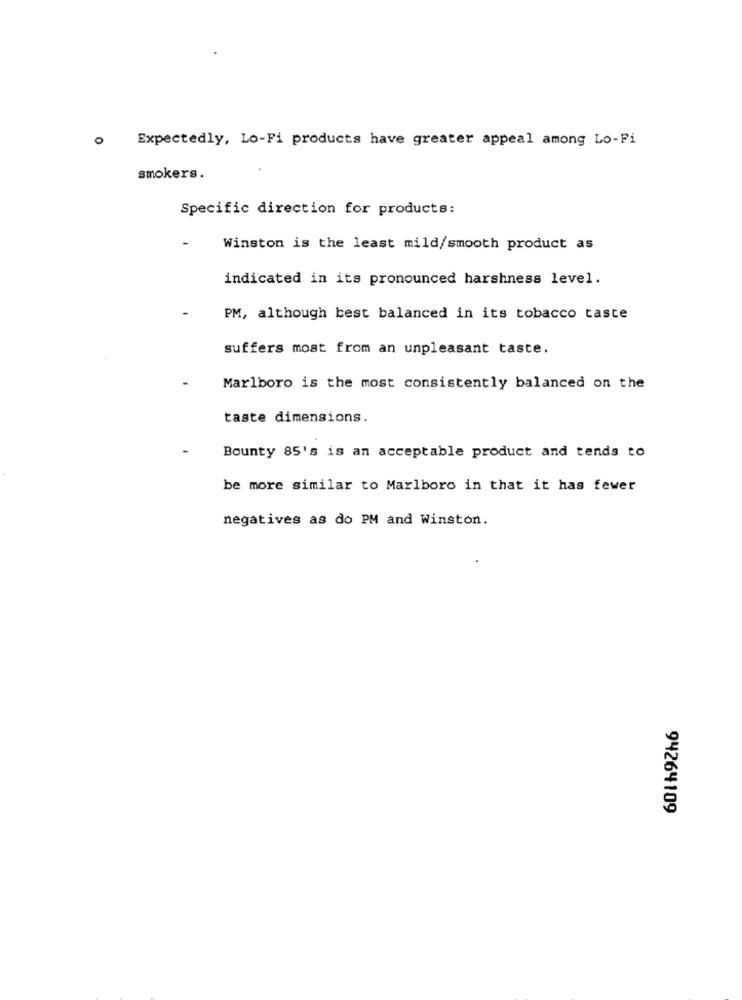
0
Expectedly, Lo-Fi products have greater appeal among Lo-Fi
smokers.
Specific direction for products:
Winston is the least mild/smooth product as
indicated in its pronounced harshness level.
PM, although best balanced in its tobacco taste
suffers most from an unpleasant taste.
Marlboro is the most consistently balanced on the
taste dimensions.
Bounty 85's is an acceptable product and tends to
be more similar to Marlboro in that it has fewer
negatives as do PM and Winston.
94264109